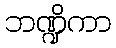
ဘဏ္ဍိကာ